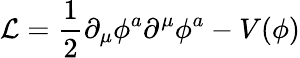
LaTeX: {\cal L}={\frac{1}{2}}\partial_{\mu}\phi^{a}\partial^{\mu}\phi^{a}-V(\phi)